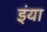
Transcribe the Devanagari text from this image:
इंया